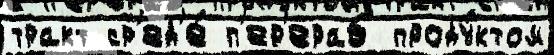
тракт ср'ед'е́ п'ер'ераб проду́ктом